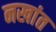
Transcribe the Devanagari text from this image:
नखांत